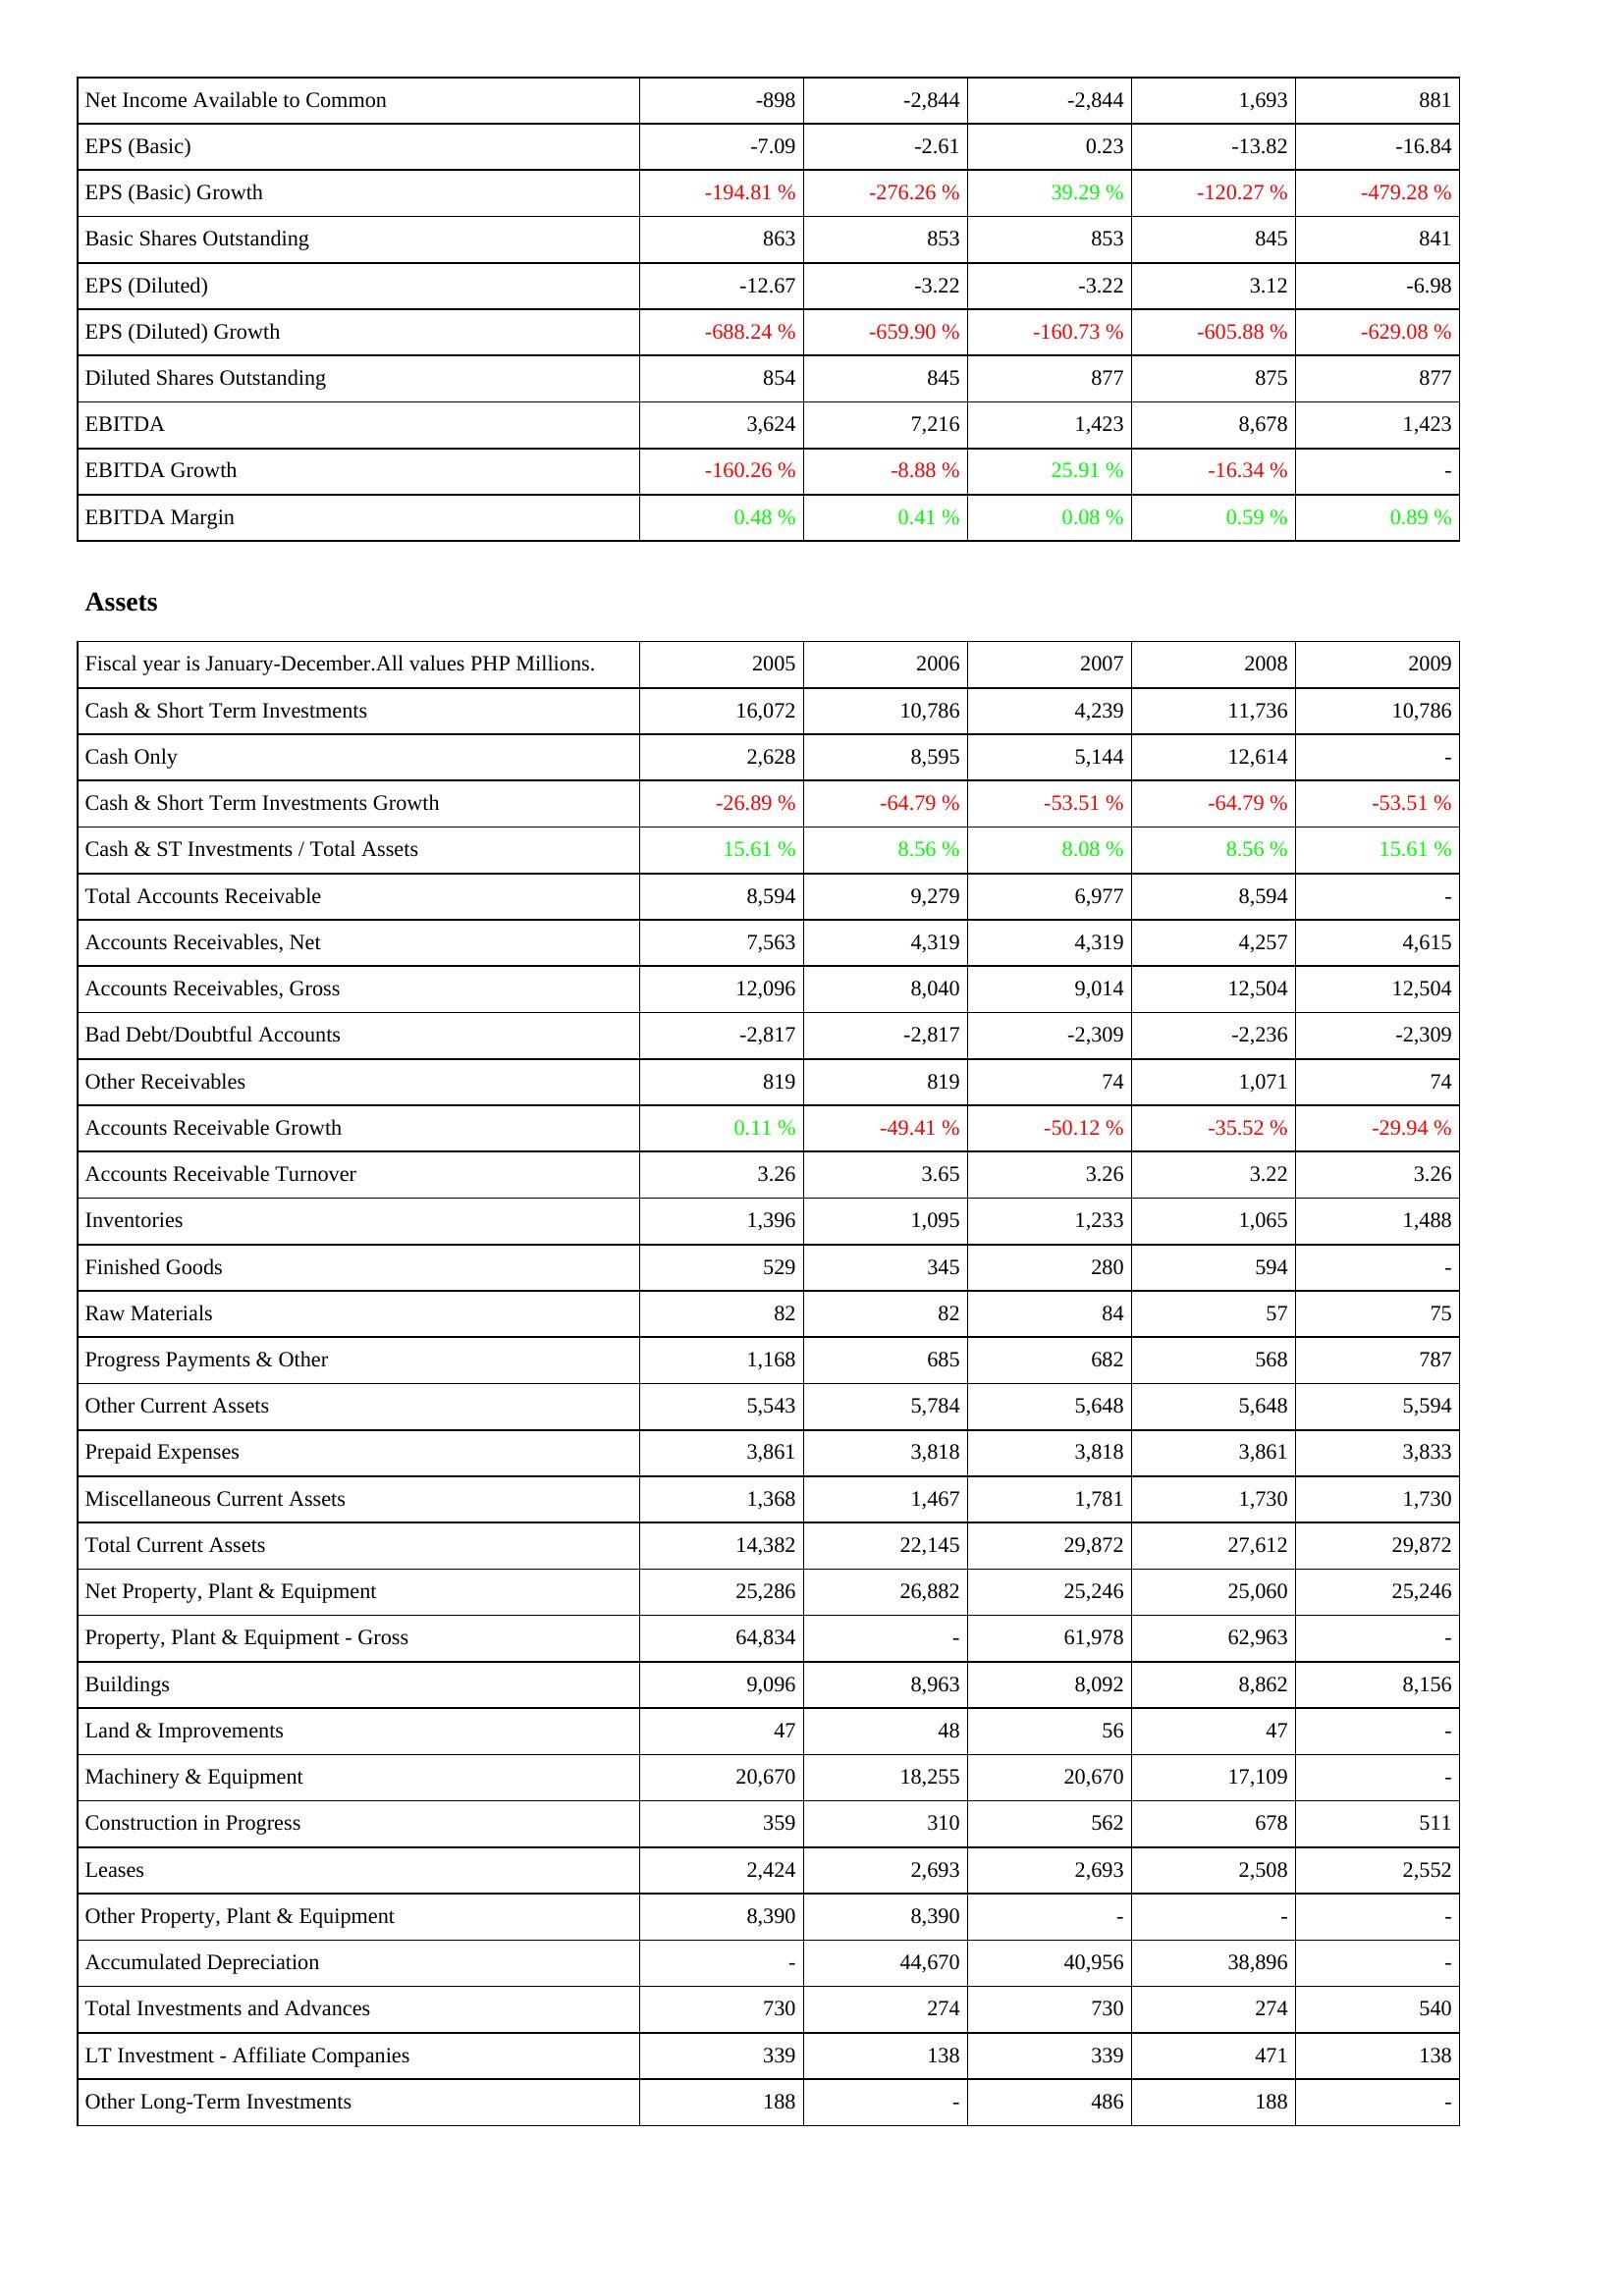
2005: Income Statement: Net Income Available to Common: -898
EPS (Basic): -7.09
EPS (Basic) Growth: -194.81 %
Basic Shares Outstanding: 863
EPS (Diluted): -12.67
EPS (Diluted) Growth: -688.24 %
Diluted Shares Outstanding: 854
EBITDA: 3,624
EBITDA Growth: -160.26 %
EBITDA Margin: 0.48 %
Assets: Cash & Short Term Investments: 16,072
Cash Only: 2,628
Cash & Short Term Investments Growth: -26.89 %
Cash & ST Investments / Total Assets: 15.61 %
Total Accounts Receivable: 8,594
Accounts Receivables, Net: 7,563
Accounts Receivables, Gross: 12,096
Bad Debt/Doubtful Accounts: -2,817
Other Receivables: 819
Accounts Receivable Growth: 0.11 %
Accounts Receivable Turnover: 3.26
Inventories: 1,396
Finished Goods: 529
Raw Materials: 82
Progress Payments & Other: 1,168
Other Current Assets: 5,543
Prepaid Expenses: 3,861
Miscellaneous Current Assets: 1,368
Total Current Assets: 14,382
Net Property, Plant & Equipment: 25,286
Property, Plant & Equipment - Gross: 64,834
Buildings: 9,096
Land & Improvements: 47
Machinery & Equipment: 20,670
Construction in Progress: 359
Leases: 2,424
Other Property, Plant & Equipment: 8,390
Accumulated Depreciation: -
Total Investments and Advances: 730
LT Investment - Affiliate Companies: 339
Other Long-Term Investments: 188
2006: Income Statement: Net Income Available to Common: -2,844
EPS (Basic): -2.61
EPS (Basic) Growth: -276.26 %
Basic Shares Outstanding: 853
EPS (Diluted): -3.22
EPS (Diluted) Growth: -659.90 %
Diluted Shares Outstanding: 845
EBITDA: 7,216
EBITDA Growth: -8.88 %
EBITDA Margin: 0.41 %
Assets: Cash & Short Term Investments: 10,786
Cash Only: 8,595
Cash & Short Term Investments Growth: -64.79 %
Cash & ST Investments / Total Assets: 8.56 %
Total Accounts Receivable: 9,279
Accounts Receivables, Net: 4,319
Accounts Receivables, Gross: 8,040
Bad Debt/Doubtful Accounts: -2,817
Other Receivables: 819
Accounts Receivable Growth: -49.41 %
Accounts Receivable Turnover: 3.65
Inventories: 1,095
Finished Goods: 345
Raw Materials: 82
Progress Payments & Other: 685
Other Current Assets: 5,784
Prepaid Expenses: 3,818
Miscellaneous Current Assets: 1,467
Total Current Assets: 22,145
Net Property, Plant & Equipment: 26,882
Property, Plant & Equipment - Gross: -
Buildings: 8,963
Land & Improvements: 48
Machinery & Equipment: 18,255
Construction in Progress: 310
Leases: 2,693
Other Property, Plant & Equipment: 8,390
Accumulated Depreciation: 44,670
Total Investments and Advances: 274
LT Investment - Affiliate Companies: 138
Other Long-Term Investments: -
2007: Income Statement: Net Income Available to Common: -2,844
EPS (Basic): 0.23
EPS (Basic) Growth: 39.29 %
Basic Shares Outstanding: 853
EPS (Diluted): -3.22
EPS (Diluted) Growth: -160.73 %
Diluted Shares Outstanding: 877
EBITDA: 1,423
EBITDA Growth: 25.91 %
EBITDA Margin: 0.08 %
Assets: Cash & Short Term Investments: 4,239
Cash Only: 5,144
Cash & Short Term Investments Growth: -53.51 %
Cash & ST Investments / Total Assets: 8.08 %
Total Accounts Receivable: 6,977
Accounts Receivables, Net: 4,319
Accounts Receivables, Gross: 9,014
Bad Debt/Doubtful Accounts: -2,309
Other Receivables: 74
Accounts Receivable Growth: -50.12 %
Accounts Receivable Turnover: 3.26
Inventories: 1,233
Finished Goods: 280
Raw Materials: 84
Progress Payments & Other: 682
Other Current Assets: 5,648
Prepaid Expenses: 3,818
Miscellaneous Current Assets: 1,781
Total Current Assets: 29,872
Net Property, Plant & Equipment: 25,246
Property, Plant & Equipment - Gross: 61,978
Buildings: 8,092
Land & Improvements: 56
Machinery & Equipment: 20,670
Construction in Progress: 562
Leases: 2,693
Other Property, Plant & Equipment: -
Accumulated Depreciation: 40,956
Total Investments and Advances: 730
LT Investment - Affiliate Companies: 339
Other Long-Term Investments: 486
2008: Income Statement: Net Income Available to Common: 1,693
EPS (Basic): -13.82
EPS (Basic) Growth: -120.27 %
Basic Shares Outstanding: 845
EPS (Diluted): 3.12
EPS (Diluted) Growth: -605.88 %
Diluted Shares Outstanding: 875
EBITDA: 8,678
EBITDA Growth: -16.34 %
EBITDA Margin: 0.59 %
Assets: Cash & Short Term Investments: 11,736
Cash Only: 12,614
Cash & Short Term Investments Growth: -64.79 %
Cash & ST Investments / Total Assets: 8.56 %
Total Accounts Receivable: 8,594
Accounts Receivables, Net: 4,257
Accounts Receivables, Gross: 12,504
Bad Debt/Doubtful Accounts: -2,236
Other Receivables: 1,071
Accounts Receivable Growth: -35.52 %
Accounts Receivable Turnover: 3.22
Inventories: 1,065
Finished Goods: 594
Raw Materials: 57
Progress Payments & Other: 568
Other Current Assets: 5,648
Prepaid Expenses: 3,861
Miscellaneous Current Assets: 1,730
Total Current Assets: 27,612
Net Property, Plant & Equipment: 25,060
Property, Plant & Equipment - Gross: 62,963
Buildings: 8,862
Land & Improvements: 47
Machinery & Equipment: 17,109
Construction in Progress: 678
Leases: 2,508
Other Property, Plant & Equipment: -
Accumulated Depreciation: 38,896
Total Investments and Advances: 274
LT Investment - Affiliate Companies: 471
Other Long-Term Investments: 188
2009: Income Statement: Net Income Available to Common: 881
EPS (Basic): -16.84
EPS (Basic) Growth: -479.28 %
Basic Shares Outstanding: 841
EPS (Diluted): -6.98
EPS (Diluted) Growth: -629.08 %
Diluted Shares Outstanding: 877
EBITDA: 1,423
EBITDA Growth: -
EBITDA Margin: 0.89 %
Assets: Cash & Short Term Investments: 10,786
Cash Only: -
Cash & Short Term Investments Growth: -53.51 %
Cash & ST Investments / Total Assets: 15.61 %
Total Accounts Receivable: -
Accounts Receivables, Net: 4,615
Accounts Receivables, Gross: 12,504
Bad Debt/Doubtful Accounts: -2,309
Other Receivables: 74
Accounts Receivable Growth: -29.94 %
Accounts Receivable Turnover: 3.26
Inventories: 1,488
Finished Goods: -
Raw Materials: 75
Progress Payments & Other: 787
Other Current Assets: 5,594
Prepaid Expenses: 3,833
Miscellaneous Current Assets: 1,730
Total Current Assets: 29,872
Net Property, Plant & Equipment: 25,246
Property, Plant & Equipment - Gross: -
Buildings: 8,156
Land & Improvements: -
Machinery & Equipment: -
Construction in Progress: 511
Leases: 2,552
Other Property, Plant & Equipment: -
Accumulated Depreciation: -
Total Investments and Advances: 540
LT Investment - Affiliate Companies: 138
Other Long-Term Investments: -